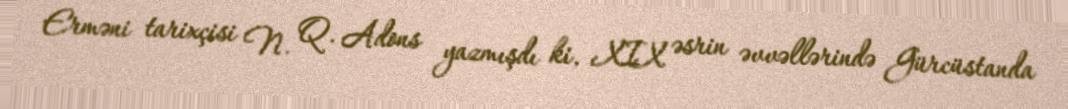
Erməni tarixçisi N. Q. Adons yazmışdı ki, XIX əsrin əvvəllərində Gürcüstanda